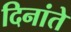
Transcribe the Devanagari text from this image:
दिनांते